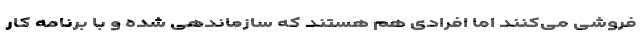
فروشی می‌کنند اما افرادی هم هستند که سازماندهی شده و با برنامه کار